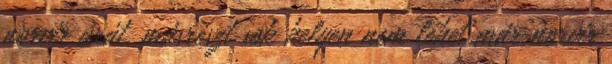
norvir árát, másrészt sok helyen nem lehet már norvir